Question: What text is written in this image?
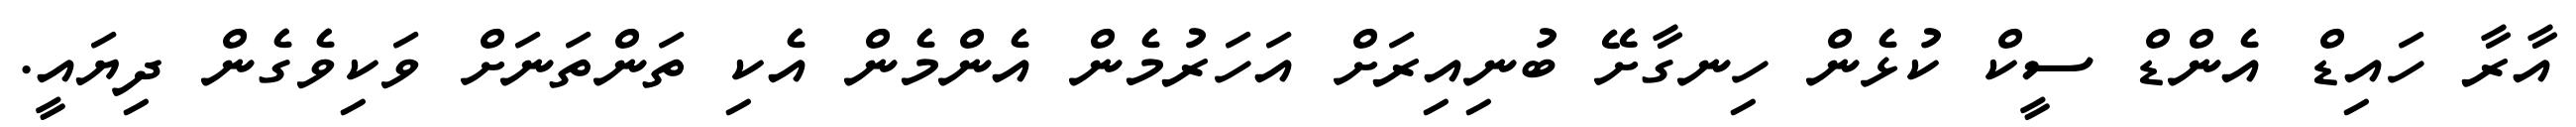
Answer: އާރާ ހައިޑް އެންޑް ސީކް ކުޅެން ހިނގާށޭ ބުނިއިރަށް އަހަރުމެން އެންމެން އެކި ތަންތަނަށް ވަކިވެގެން ދިޔައީ.